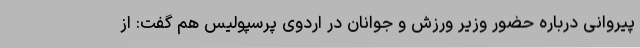
پیروانی درباره حضور وزیر ورزش و جوانان در اردوی پرسپولیس هم گفت: از